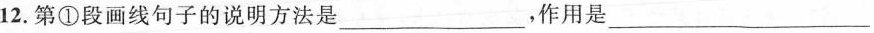
12第①段画线句子的说明方法是_____________，作用是_________________